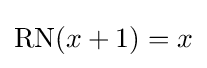
\operatorname {RN} (x+1)=x